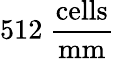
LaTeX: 512~\mathrm{\frac{cells}{mm}}